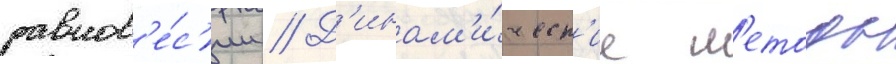
равнов'е́с'ии // Д'инам'и́ческ'ие м'етоды